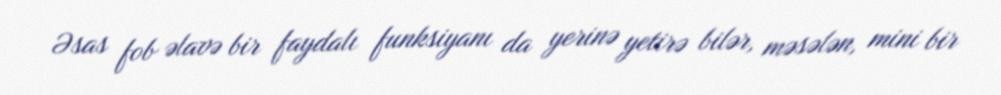
Əsas fob əlavə bir faydalı funksiyanı da yerinə yetirə bilər, məsələn, mini bir